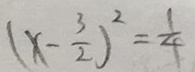
( x - \frac { 3 } { 2 } ) ^ { 2 } = \frac { 1 } { 4 }